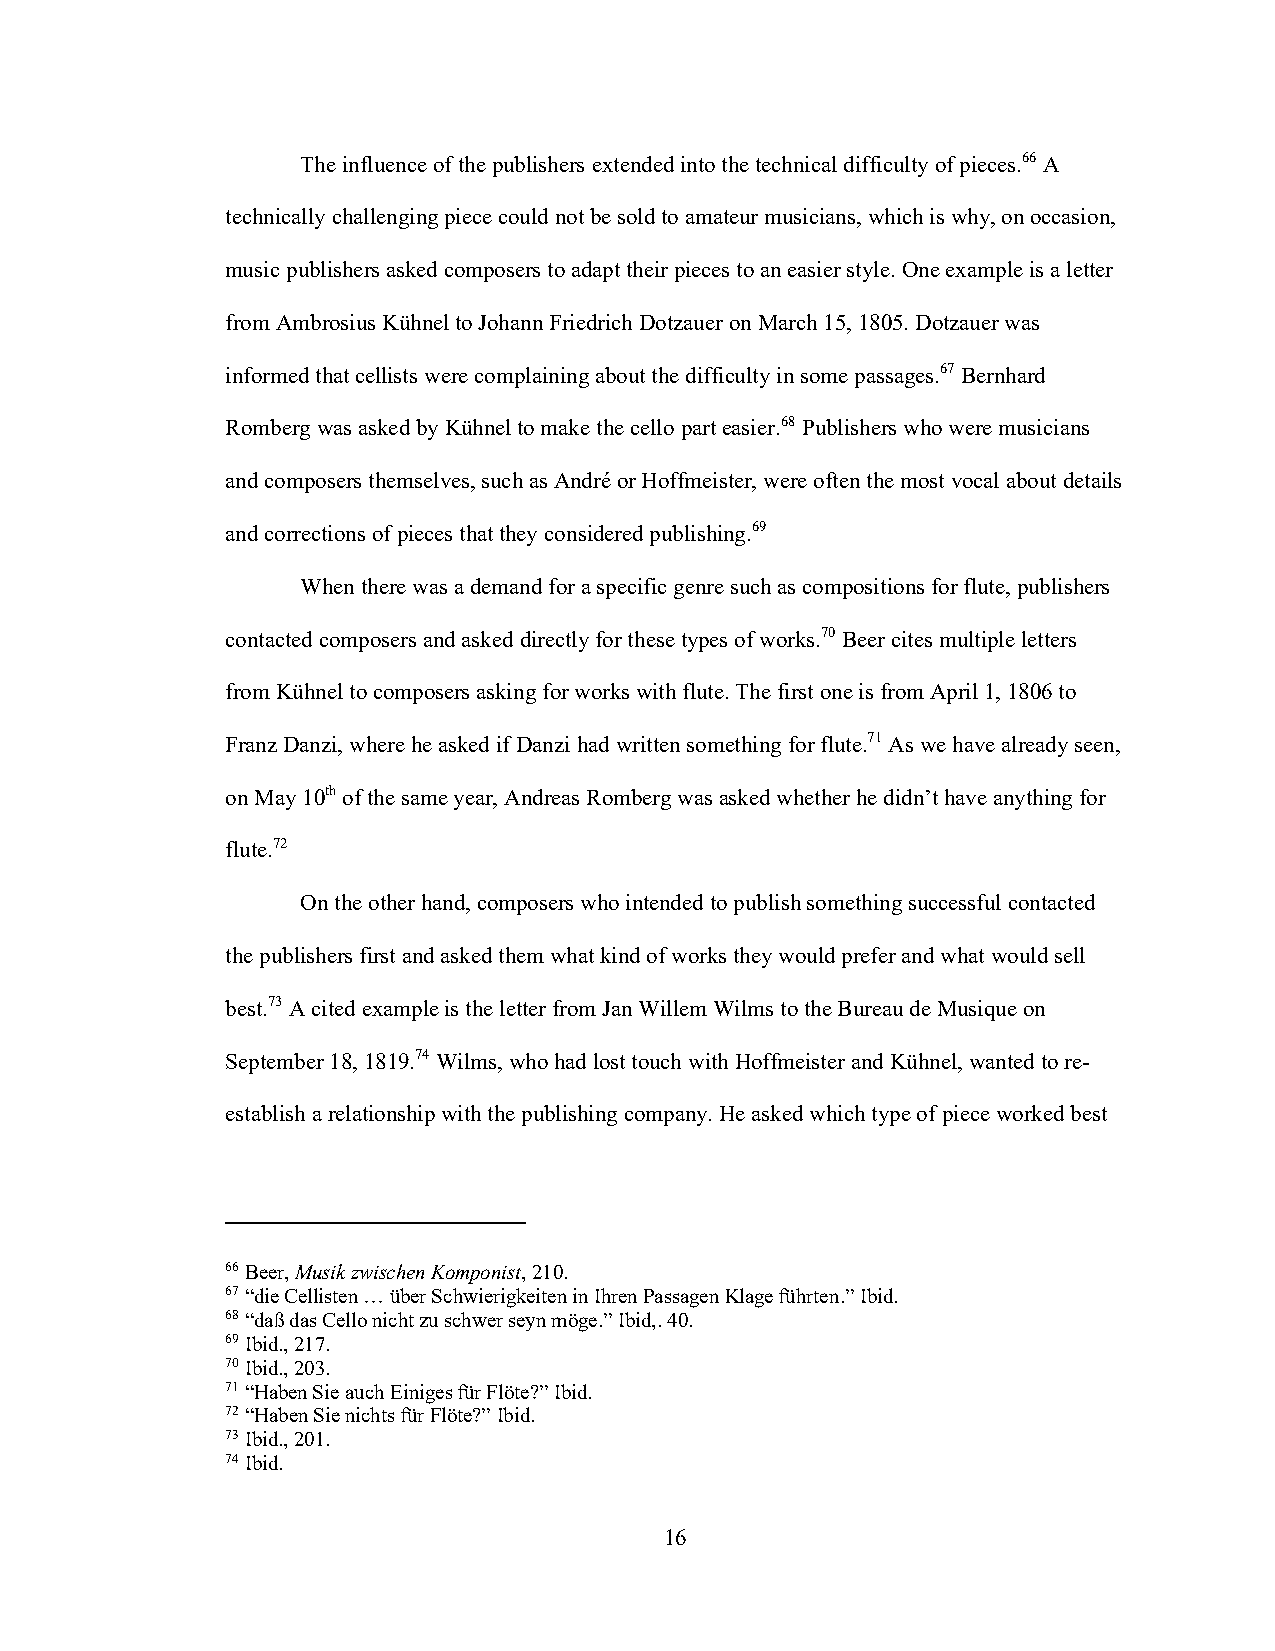
The influence of the publishers extended into the technical difficulty of pieces.66 A
 technically challenging piece could not be sold to amateur musicians, which is why, on occasion,
 music publishers asked composers to adapt their pieces to an easier style. One example is a letter
 from Ambrosius Kühnel to Johann Friedrich Dotzauer on March 15, 1805. Dotzauer was
 informed that cellists were complaining about the difficulty in some passages.67 Bernhard
 Romberg was asked by Kühnel to make the cello part easier.68 Publishers who were musicians
 and composers themselves, such as André or Hoffmeister, were often the most vocal about details
 and corrections of pieces that they considered publishing.69
 When there was a demand for a specific genre such as compositions for flute, publishers
 contacted composers and asked directly for these types of works.70 Beer cites multiple letters
 from Kühnel to composers asking for works with flute. The first one is from April 1, 1806 to
 Franz Danzi, where he asked if Danzi had written something for flute.71 As we have already seen,
 on May 10th of the same year, Andreas Romberg was asked whether he didn’t have anything for
 flute.72
 On the other hand, composers who intended to publish something successful contacted
 the publishers first and asked them what kind of works they would prefer and what would sell
 best.73 A cited example is the letter from Jan Willem Wilms to the Bureau de Musique on
 September 18, 1819.74 Wilms, who had lost touch with Hoffmeister and Kühnel, wanted to re-
 establish a relationship with the publishing company. He asked which type of piece worked best
 66 Beer, Musik zwischen Komponist, 210.
 67 “die Cellisten … über Schwierigkeiten in Ihren Passagen Klage führten.” Ibid.
 68 “daß das Cello nicht zu schwer seyn möge.” Ibid,. 40.
 69 Ibid., 217.
 70 Ibid., 203.
 71 “Haben Sie auch Einiges für Flöte?” Ibid.
 72 “Haben Sie nichts für Flöte?” Ibid.
 73 Ibid., 201.
 74 Ibid.
 16